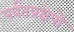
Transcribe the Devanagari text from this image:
पर्वतप्रक्षेपों